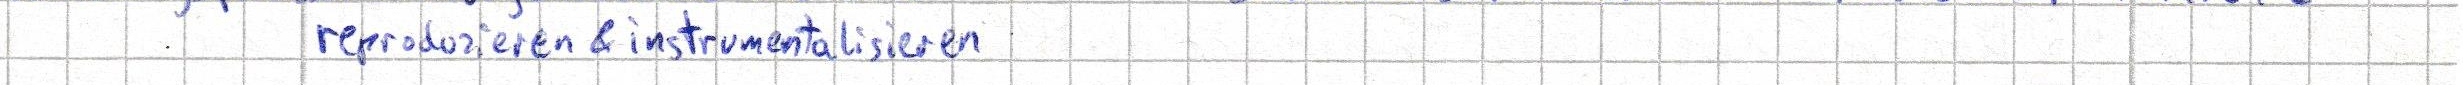
reproduzieren & instrumentalisieren